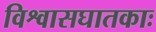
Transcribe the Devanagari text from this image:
विश्वासघातकाः